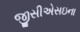
જીસીએસઇના